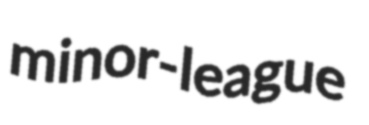
minor-league